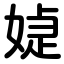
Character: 媫